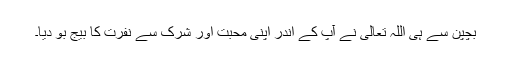
بچپن سے ہی اللہ تعالیٰ نے آپؐ کے اندر اپنی محبت اور شرک سے نفرت کا بیج بو دیا۔